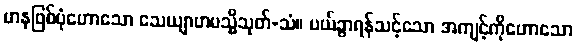
မာနဖြစ်ပုံဟောသော သေယျာဟမသ္မိသုတ်-သံ။ ပယ်ခွာရန်သင့်သော အကျင့်ကိုဟောသော